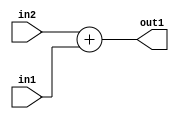
`timescale 1ps / 1ps
/*****************************************************************************
    Verilog RTL Description
    
    
    Created by: Stratus DpOpt 21.05.01 
*******************************************************************************/

module Filter_Add_4Ux1U_4U_4 (
	in2,
	in1,
	out1
	); /* architecture "behavioural" */ 
input [3:0] in2;
input  in1;
output [3:0] out1;
wire [3:0] asc001;

assign asc001 = 
	+(in2)
	+(in1);

assign out1 = asc001;
endmodule

/* CADENCE  urn1TQw= : u9/ySxbfrwZIxEzHVQQV8Q== ** DO NOT EDIT THIS LINE ******/